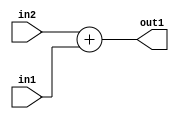
`timescale 1ps / 1ps
/*****************************************************************************
    Verilog RTL Description
    
    
    Created by: Stratus DpOpt 21.05.01 
*******************************************************************************/

module Filter_Add_4Ux1U_4U_4 (
	in2,
	in1,
	out1
	); /* architecture "behavioural" */ 
input [3:0] in2;
input  in1;
output [3:0] out1;
wire [3:0] asc001;

assign asc001 = 
	+(in2)
	+(in1);

assign out1 = asc001;
endmodule

/* CADENCE  urn1TQw= : u9/ySxbfrwZIxEzHVQQV8Q== ** DO NOT EDIT THIS LINE ******/